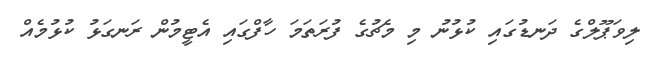
ލިވަޕޫލްގެ ދަނޑުގައި ކުޅުނު މި މެޗުގެ ފުރަތަމަ ހާފްގައި އެޓީމުން ރަނގަޅު ކުޅުމެއް